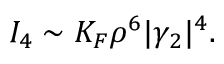
I _ { 4 } \sim K _ { F } \rho ^ { 6 } | \gamma _ { 2 } | ^ { 4 } .